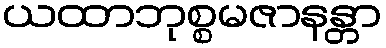
ယထာဘုစ္စမဇာနန္တာ